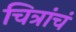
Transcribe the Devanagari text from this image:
चित्रांचं